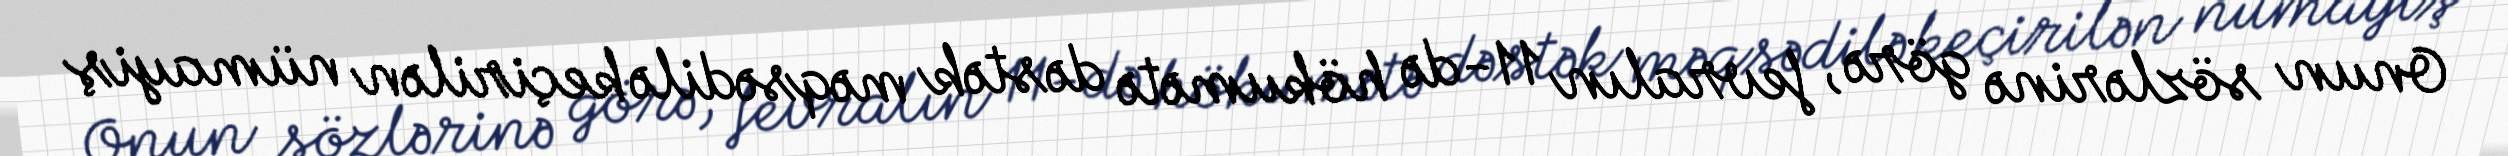
Onun sözlərinə görə, fevralın 11-də hökumətə dəstək məqsədilə keçirilən nümayiş